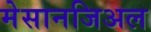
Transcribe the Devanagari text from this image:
मेसानजिअल